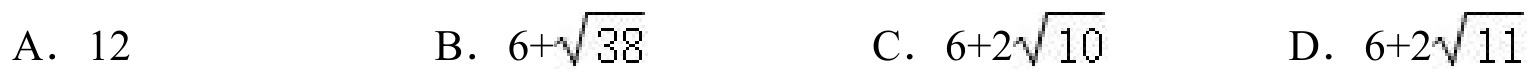
A. \(12\)  B. \(6 + \sqrt{38}\)  C. \(6 + 2\sqrt{10}\)  D. \(6 + 2\sqrt{11}\)